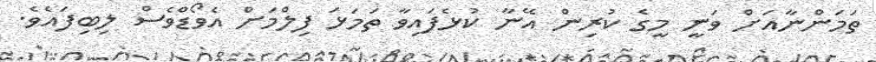
ތަމަންނާއަށް ވަނީ މީގެ ކުރިން އޭނާ ކުޅެފައިވާ ތަމަޅަ ފިލްމަށް އެވޯޑްވެސް ލިބިފައެވެ.